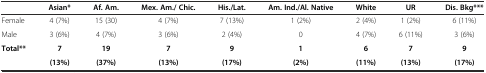
|  | Asian* | Af. Am. | Mex. Am./ Chic. | His./Lat. | Am. Ind./Al. Native | White | UR | Dis. Bkg*** |
 | --- | --- | --- | --- | --- | --- | --- | --- | --- |
 | Female | 4 (7%) | 15 (30) | 4 (7%) | 7 (13%) | 1 (2%) | 2 (4%) | 1 (2%) | 6 (11%) |
 | Male | 3 (6%) | 4 (7%) | 3 (6%) | 2 (4%) | 0 | 4 (7%) | 6 (11%) | 3 (6%) |
 | Total** | 7 | 19 | 7 | 9 | 1 | 6 | 7 | 9 |
 |  | (13%) | (37%) | (13%) | (17%) | (2%) | (11%) | (13%) | (17%) |